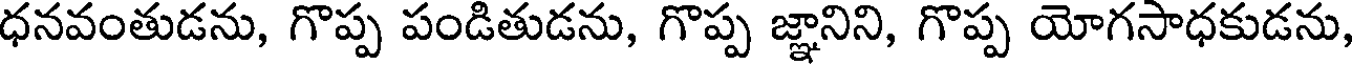
ధనవంతుడను, గొప్ప పండితుడను, గొప్ప జ్ఞానిని, గొప్ప యోగసాధకుడను,